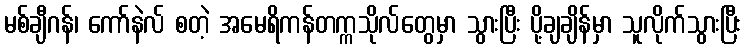
မစ်ချီဂန်၊ ကော်နဲလ် စတဲ့ အမေရိကန်တက္ကသိုလ်တွေမှာ သွားပြီး ပို့ချချိန်မှာ သူလိုက်သွားပြီး